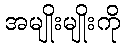
အမျိုးမျိုးကို